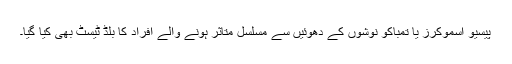
پیسیو اسموکرز یا تمباکو نوشوں کے دھوئیں سے مسلسل متاثر ہونے والے افراد کا بلڈ ٹیسٹ بھی کیا گیا۔